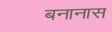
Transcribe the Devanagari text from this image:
बनानास